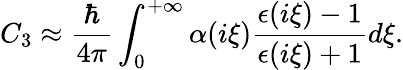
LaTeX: C_{3}\approx\frac{\hbar}{4\pi}\int_{0}^{+\infty}\alpha(i\xi)\frac{\epsilon(i\xi)-1}{\epsilon(i\xi)+1}d\xi.